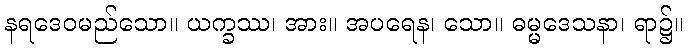
နရဒေဝမည်သော။ ယက္ခဿ၊ အား။ အပရေန၊ သော။ ဓမ္မဒေသနာ၊ ရာ၌။